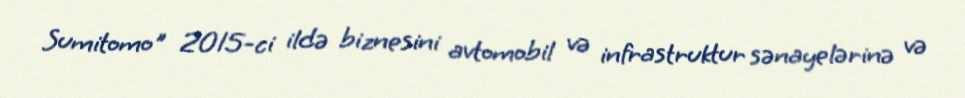
Sumitomo" 2015-ci ildə biznesini avtomobil və infrastruktur sənayelərinə və